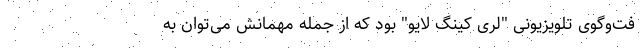
فت‌وگوی تلویزیونی "لری کینگ لایو" بود که از جمله مهمانش می‌توان به